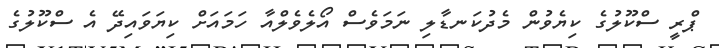
ޕްރީ ސްކޫލުގެ ކިޔެވުން މެދުކަނޑާލި ނަމަވެސް އޯލެވެލްއާ ހަމައަށް ކިޔަވައިދޭ އެ ސްކޫލުގެ